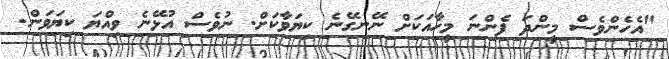
"އެހެންވެސް މީންދަ ފެންނަ މީހާއަކަށް ނޭނގޭނެ ކިޔަވާކަށް. ނުވެސް އުޅޭނެ ވިއްޔަ ކިޔަވަން.